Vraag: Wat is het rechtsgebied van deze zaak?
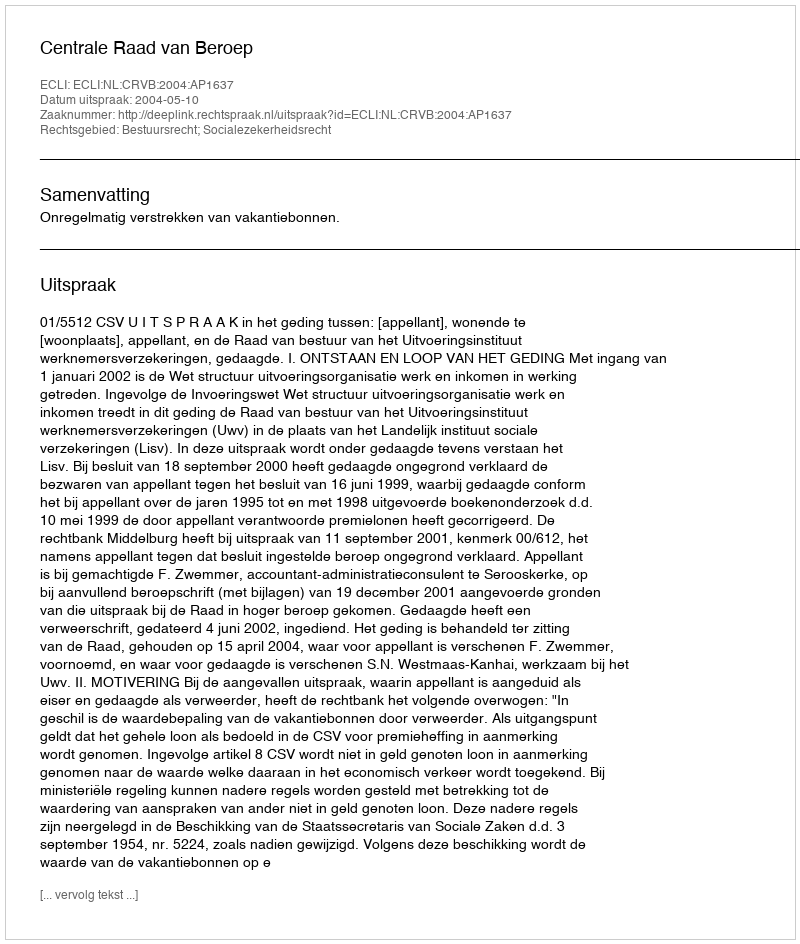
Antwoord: Bestuursrecht; Socialezekerheidsrecht